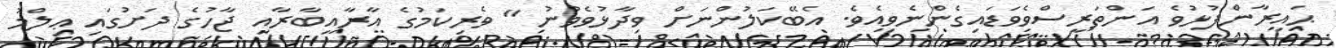
ޙައިރާންފުޅުވެ އަންތަރީސްވެވަޑައިގެންނެވިއެވެ. އެބޭކަލުންނަށް ވިދާޅުވެވުނު " ވެރިކަމުގެ އާރާއިބާރާއި ޖާހުގެ ދަށުގައި ޢިލްމު